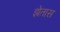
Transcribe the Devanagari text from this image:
झेतास